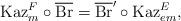
LaTeX: \begin{align*}{\rm Kaz}_m^F\circ {\rm \overline{Br}}={\rm \overline{Br}'}\circ {\rm Kaz}_{em}^E,\end{align*}